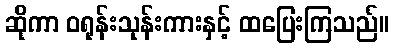
ဆိုကာ ဝရုန်းသုန်းကားနှင့် ထပြေးကြသည်။